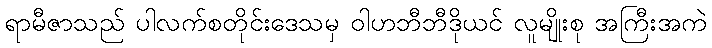
ရာမီဇာသည် ပါလက်စတိုင်းဒေသမှ ဝါဟဘီဘီဒိုယင် လူမျိုးစု အကြီးအကဲ